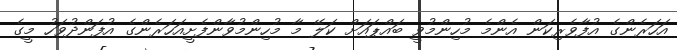
އަހަރެންގެ އުފާވެރިކަން އެންމެ މުހިންމުވީ ބައްޕައަށް ކަލޭ މާ މުހިންމުވާންފެށީއަހަރެންގެ އުފަންދުވަހު މީގެ